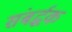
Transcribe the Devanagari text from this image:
संबर्द्धक